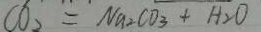
C O _ { 2 } = N a _ { 2 } C O _ { 3 } + H _ { 2 } O